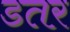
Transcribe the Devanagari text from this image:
डतर